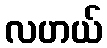
လဟယ်